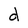
Character: d